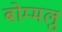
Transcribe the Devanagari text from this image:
बोम्मलु